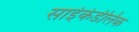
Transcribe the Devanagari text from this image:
साईकेडेलिक